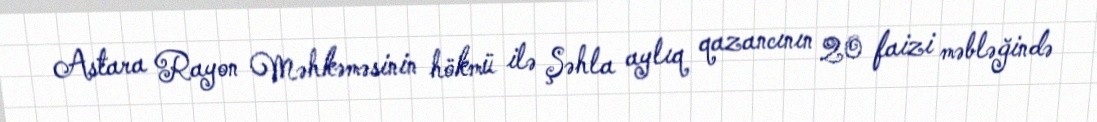
Astara Rayon Məhkəməsinin hökmü ilə Şəhla aylıq qazancının 20 faizi məbləğində